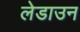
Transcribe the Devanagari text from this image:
लेडाउन